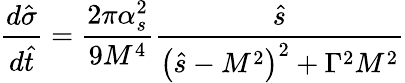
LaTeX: \frac{d\hat{\sigma}}{d\hat{t}}=\frac{2\pi\alpha_{s}^{2}}{9M^{4}}\frac{\hat{s}}{\left(\hat{s}-M^{2}\right)^{2}+\Gamma^{2}M^{2}}